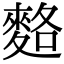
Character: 𪌣